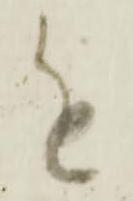
進